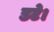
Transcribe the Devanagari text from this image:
डटे।